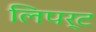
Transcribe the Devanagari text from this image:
लिपर्ट